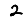
Digit: 2